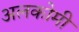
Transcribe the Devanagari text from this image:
अलकोमी